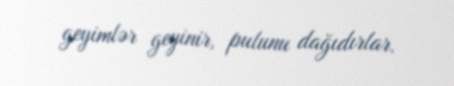
geyimlər geyinir, pulunu dağıdırlar.